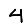
Digit: 4